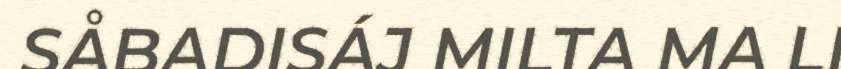
SÅBADISÁJ MILTA MA LI